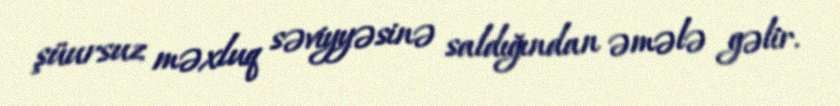
şüursuz məxluq səviyyəsinə saldığından əmələ gəlir.